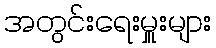
အတွင်းရေးမှူးများ